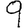
Digit: 9